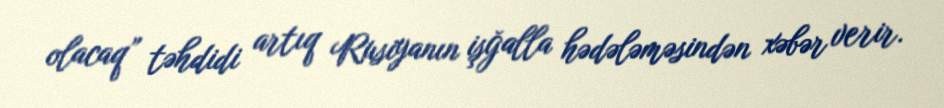
olacaq” təhdidi artıq Rusiyanın işğalla hədələməsindən xəbər verir.